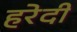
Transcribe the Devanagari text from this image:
हरेदी